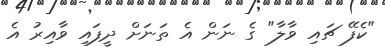
"ކެފޭ ޗައި ވާލާ" ގެ ނަން އެ ތަނަށް ދީފައި ވާއިރު އެ